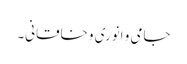
جامی و انوَری و خاقانی۔